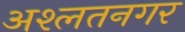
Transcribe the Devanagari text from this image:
अश्लतनगर